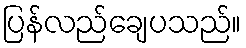
ပြန်လည်ချေပသည်။